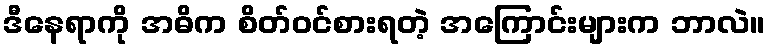
ဒီနေရာကို အဓိက စိတ်ဝင်စားရတဲ့ အကြောင်းများက ဘာလဲ။